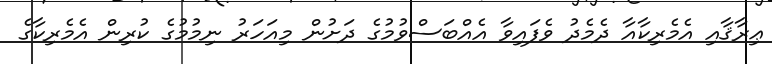
ޢިރާޤާއި އެމެރިކާއާ ދެމެދު ވެފައިވާ އެއްބަސްވުމުގެ ދަށުން މިއަހަރު ނިމުމުގެ ކުރިން އެެމެރިކާގެ